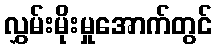
လွှမ်းမိုးမှုအောက်တွင်